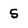
Character: 5